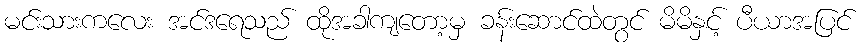
မင်းသားကလေး အင်ဒရေသည် ထိုအခါကျတော့မှ ခန်းဆောင်ထဲတွင် မိမိနှင့် ပီယာအပြင်